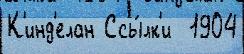
К'инд'елан Ссы́лк'и  1904